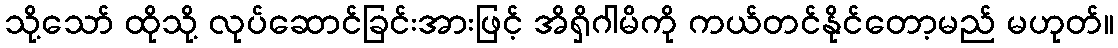
သို့သော် ထိုသို့ လုပ်ဆောင်ခြင်းအားဖြင့် အိရှိဂါမိကို ကယ်တင်နိုင်တော့မည် မဟုတ်။